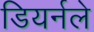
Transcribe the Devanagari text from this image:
डियर्नले